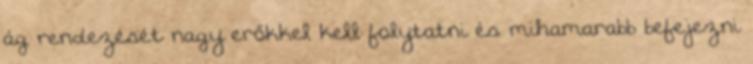
ág rendezését nagy erőkkel kell folytatni és mihamarabb befejezni